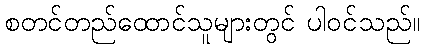
စတင်တည်ထောင်သူများတွင် ပါဝင်သည်။